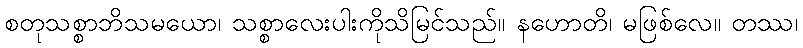
စတုသစ္စာဘိသမယော၊ သစ္စာလေးပါးကိုသိမြင်သည်။ နဟောတိ၊ မဖြစ်လေ။ တဿ၊